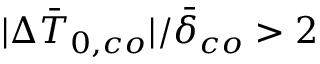
| \Delta \bar { T } _ { 0 , c o } | / \bar { \delta } _ { c o } > 2